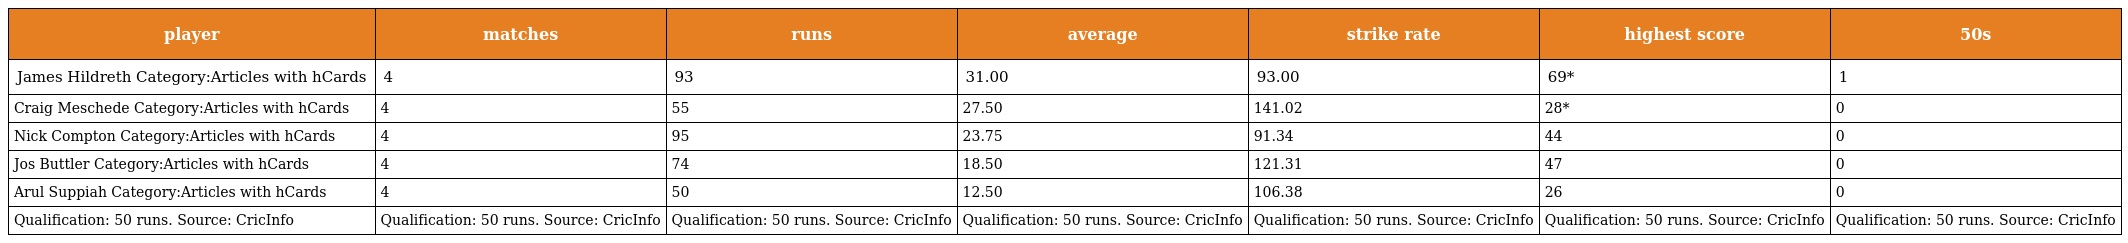
| player | matches | runs | average | strike rate | highest score | 50s |
 | --- | --- | --- | --- | --- | --- | --- |
 | James Hildreth Category:Articles with hCards | 4 | 93 | 31.00 | 93.00 | 69* | 1 |
 | Craig Meschede Category:Articles with hCards | 4 | 55 | 27.50 | 141.02 | 28* | 0 |
 | Nick Compton Category:Articles with hCards | 4 | 95 | 23.75 | 91.34 | 44 | 0 |
 | Jos Buttler Category:Articles with hCards | 4 | 74 | 18.50 | 121.31 | 47 | 0 |
 | Arul Suppiah Category:Articles with hCards | 4 | 50 | 12.50 | 106.38 | 26 | 0 |
 | Qualification: 50 runs. Source: CricInfo | Qualification: 50 runs. Source: CricInfo | Qualification: 50 runs. Source: CricInfo | Qualification: 50 runs. Source: CricInfo | Qualification: 50 runs. Source: CricInfo | Qualification: 50 runs. Source: CricInfo | Qualification: 50 runs. Source: CricInfo |